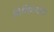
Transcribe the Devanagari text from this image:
विनिमयता